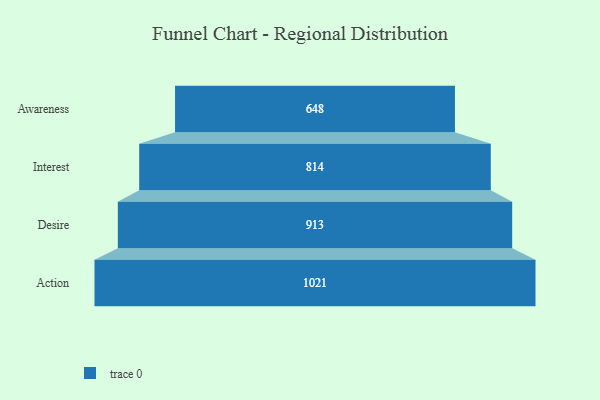
{"axis": {"x": "Stage", "y": "Value"}, "legend": [""], "data": [{"x": "Awareness", "y": 648.0, "type": ""}, {"x": "Interest", "y": 814.0, "type": ""}, {"x": "Desire", "y": 913.0, "type": ""}, {"x": "Action", "y": 1021.0, "type": ""}]}